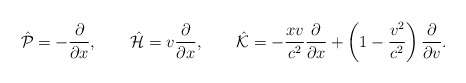
\begin{align*}\hat{\cal P}=-\frac{\partial}{\partial x},\qquad\hat{\cal H}=v\frac{\partial}{\partial x},\qquad\hat{\cal K}=-\frac{xv}{c^2}\frac{\partial}{\partial x}+\left(1-\frac{v^2}{c^2}\right)\frac{\partial}{\partial v}.\end{align*}